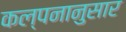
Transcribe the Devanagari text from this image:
कल्पनानुसार